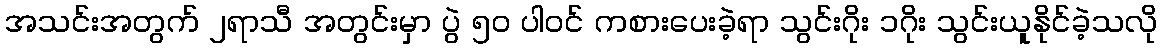
အသင်းအတွက် ၂ရာသီ အတွင်းမှာ ပွဲ ၅၀ ပါဝင် ကစားပေးခဲ့ရာ သွင်းဂိုး ၁ဂိုး သွင်းယူနိုင်ခဲ့သလို